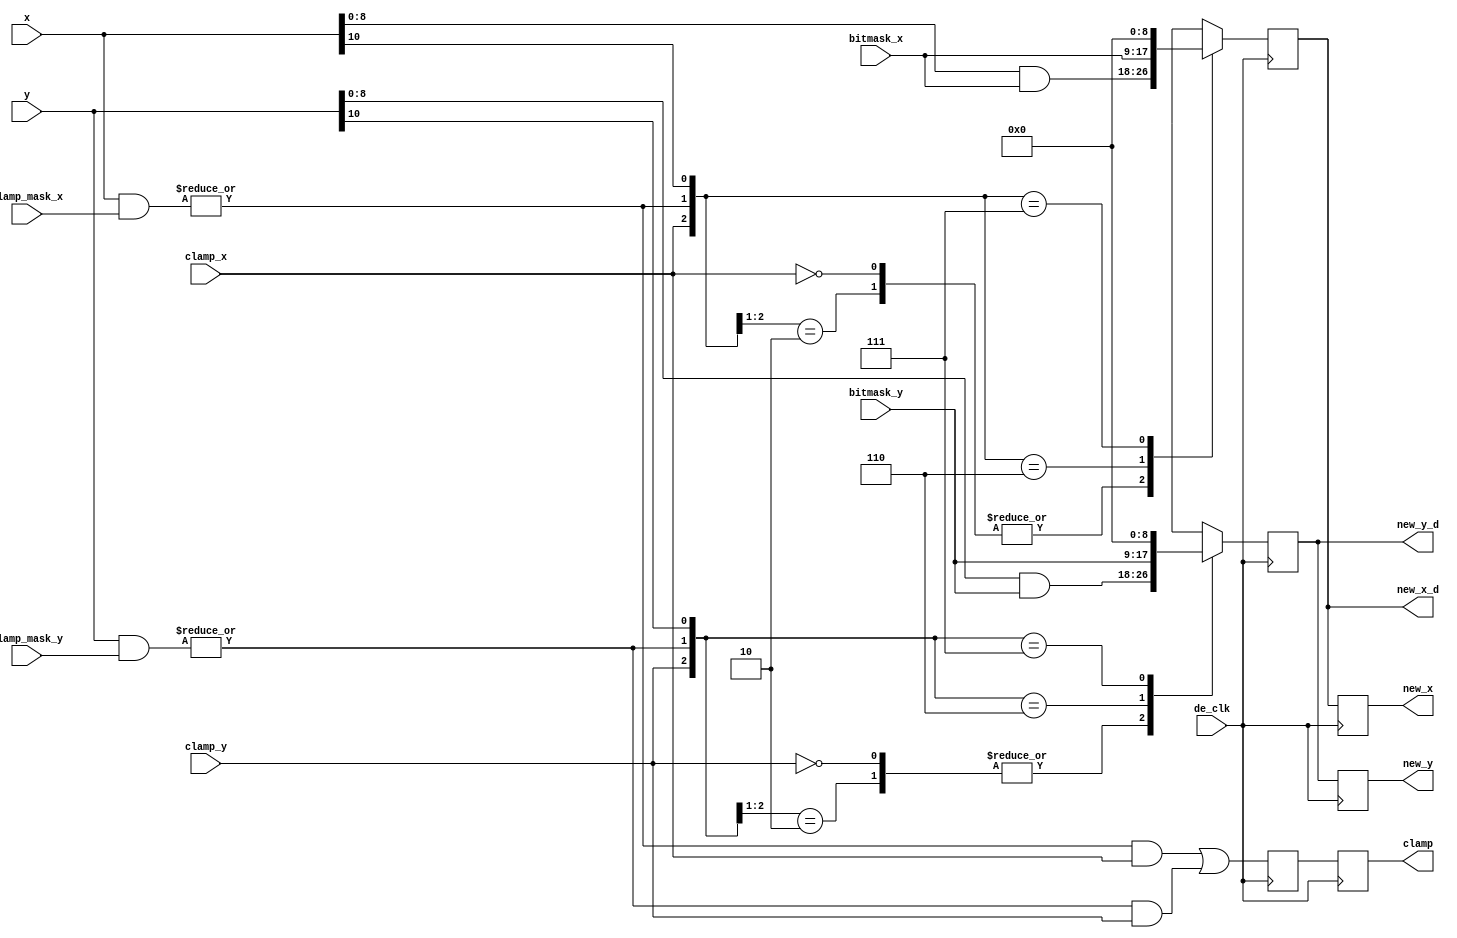
module de3d_tc_clamp
	(
	input		de_clk,		
	input		clamp_x,	
	input		clamp_y,	
	input	[10:0]	x,		
	input	[10:0]	y,		
	input	[10:0]	clamp_mask_x,	
	input	[10:0]	clamp_mask_y,	
	input	[8:0]	bitmask_x,	
	input	[8:0]	bitmask_y,	
	output reg		clamp,		
	output reg	[8:0]	new_x,		
	output reg	[8:0]	new_y,		
	output reg	[8:0]	new_x_d,	
	output reg	[8:0]	new_y_d		
	);
reg		clamp_d;
wire		outside_x,	
		outside_y;	
assign outside_x = |(x & clamp_mask_x);
assign outside_y = |(y & clamp_mask_y);
always @(posedge de_clk) begin
	clamp <= clamp_d;
	clamp_d <= outside_x & clamp_x | outside_y & clamp_y;
	new_x <= new_x_d;
	new_y <= new_y_d;
end
always @(posedge de_clk) begin
  casex ({clamp_x, outside_x, x[10]}) 
    3'b0xx,3'b10x: 	new_x_d <= x[8:0] & bitmask_x; 	
    3'b110: 		new_x_d <= bitmask_x;		
    3'b111: 		new_x_d <= 0;			
  endcase
end
always @(posedge de_clk) begin
  casex ({clamp_y, outside_y, y[10]}) 
    3'b0xx, 3'b10x: 	new_y_d <= y[8:0] & bitmask_y; 	
    3'b110: 		new_y_d <= bitmask_y;		
    3'b111: 		new_y_d <= 0;			
  endcase
end
endmodule